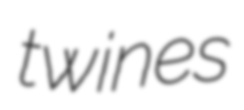
twines